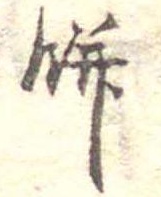
餅